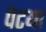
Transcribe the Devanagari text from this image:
पेटया